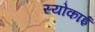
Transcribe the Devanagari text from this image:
स्योकाई